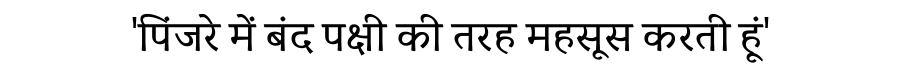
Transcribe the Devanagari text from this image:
'पिंजरे में बंद पक्षी की तरह महसूस करती हूं'